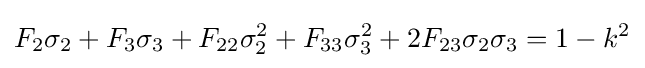
F_{2}\sigma _{2}+F_{3}\sigma _{3}+F_{22}\sigma _{2}^{2}+F_{33}\sigma _{3}^{2}+2F_{23}\sigma _{2}\sigma _{3}=1-k^{2}